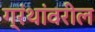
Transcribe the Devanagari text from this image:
ग्रंथांवरील